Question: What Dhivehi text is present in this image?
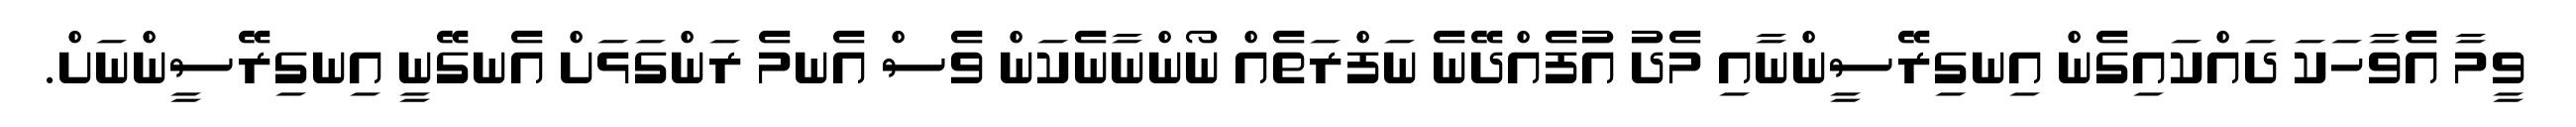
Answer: ވީމާ އެވާހަކަ ދައްކައިގެން އިނގިރޭސީންނާއި މެދު އުފެއްދޭނެ ނަފްރަތެއް ނޯންނާނެކަން ވެސް އެނމެ ރަންގަޅަށް އެނގޭނީ އިނގިރޭސީންނަށް.